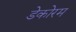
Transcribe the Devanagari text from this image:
डेकोरम